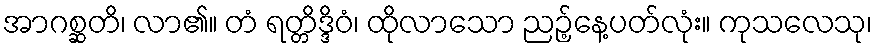
အာဂစ္ဆတိ၊ လာ၏။ တံ ရတ္တိဒ္ဒိဝံ၊ ထိုလာသော ညဉ့်နေ့ပတ်လုံး။ ကုသလေသု၊